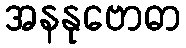
အနနုဗောဓာ